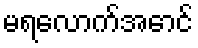
မရလောက်အောင်